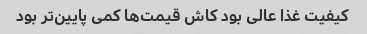
کیفیت غذا عالی بود کاش قیمت‌ها کمی پایین‌تر بود